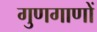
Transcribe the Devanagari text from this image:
गुणगाणों